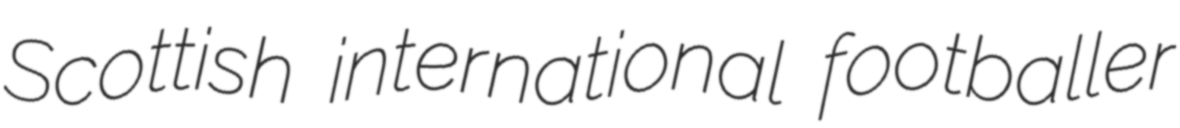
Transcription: Scottish international footballer